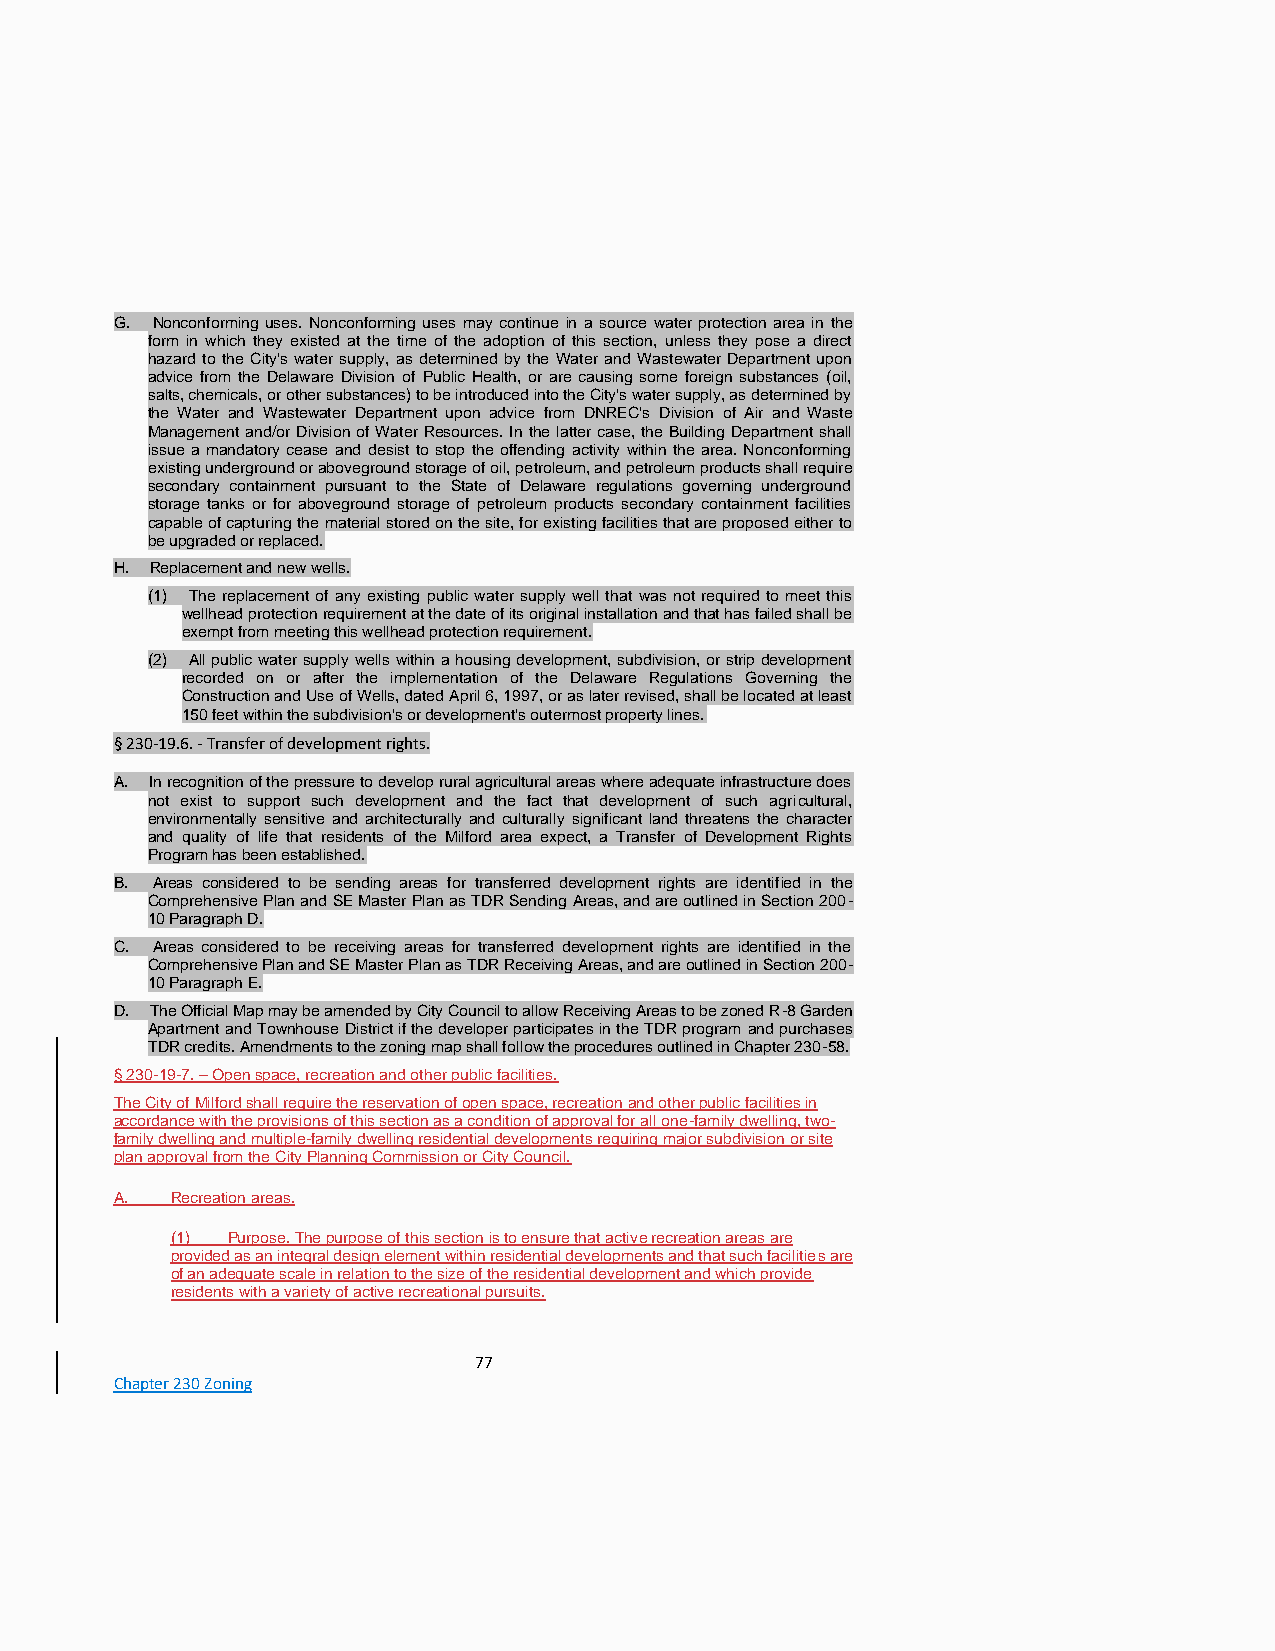
G. Nonconforming uses. Nonconforming uses may continue in a source water protection area in the
 form in which they existed at the time of the adoption of this section, unless they pose a direct
 hazard to the City's water supply, as determined by the Water and Wastewater Department upon
 advice from the Delaware Division of Public Health, or are causing some foreign substances (oil,
 salts, chemicals, or other substances) to be introduced into the City's water supply, as determined by
 the Water and Wastewater Department upon advice from DNREC's Division of Air and Waste
 Management and/or Division of Water Resources. In the latter case, the Building Department shall
 issue a mandatory cease and desist to stop the offending activity within the area. Nonconforming
 existing underground or aboveground storage of oil, petroleum, and petroleum products shall require
 secondary containment pursuant to the State of Delaware regulations governing underground
 storage tanks or for aboveground storage of petroleum products secondary containment facilities
 capable of capturing the material stored on the site, for existing facilities that are proposed either to
 be upgraded or replaced.
 H. Replacement and new wells.
 (1) The replacement of any existing public water supply well that was not required to meet this
 wellhead protection requirement at the date of its original installation and that has failed shall be
 exempt from meeting this wellhead protection requirement.
 (2) All public water supply wells within a housing development, subdivision, or strip development
 recorded on or after the implementation of the Delaware Regulations Governing the
 Construction and Use of Wells, dated April 6, 1997, or as later revised, shall be located at least
 150 feet within the subdivision's or development's outermost property lines.
 § 230-19.6. - Transfer of development rights.
 A. In recognition of the pressure to develop rural agricultural areas where adequate infrastructure does
 not exist to support such development and the fact that development of such agricultural,
 environmentally sensitive and architecturally and culturally significant land threatens the character
 and quality of life that residents of the Milford area expect, a Transfer of Development Rights
 Program has been established.
 B. Areas considered to be sending areas for transferred development rights are identified in the
 Comprehensive Plan and SE Master Plan as TDR Sending Areas, and are outlined in Section 200-
 10 Paragraph D.
 C. Areas considered to be receiving areas for transferred development rights are identified in the
 Comprehensive Plan and SE Master Plan as TDR Receiving Areas, and are outlined in Section 200-
 10 Paragraph E.
 D. The Official Map may be amended by City Council to allow Receiving Areas to be zoned R-8 Garden
 Apartment and Townhouse District if the developer participates in the TDR program and purchases
 TDR credits. Amendments to the zoning map shall follow the procedures outlined in Chapter 230-58.
 § 230-19-7. – Open space, recreation and other public facilities.
 The City of Milford shall require the reservation of open space, recreation and other public facilities in
 accordance with the provisions of this section as a condition of approval for all one-family dwelling, two-
 family dwelling and multiple-family dwelling residential developments requiring major subdivision or site
 plan approval from the City Planning Commission or City Council.
 A. Recreation areas.
 (1) Purpose. The purpose of this section is to ensure that active recreation areas are
 provided as an integral design element within residential developments and that such facilities are
 of an adequate scale in relation to the size of the residential development and which provide
 residents with a variety of active recreational pursuits.
 77
 Chapter 230 Zoning